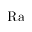
\mathrm { R a }